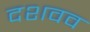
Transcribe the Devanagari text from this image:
दशवव